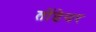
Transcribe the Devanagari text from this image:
तोंडेयर